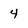
Character: 4